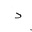
Letter: _dal